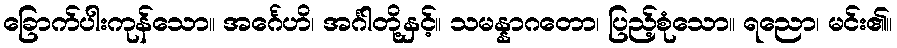
ခြောက်ပါးကုန်သော။ အင်္ဂေဟိ၊ အင်္ဂါတို့နှင့်။ သမန္နာဂတော၊ ပြည့်စုံသော။ ရညော၊ မင်း၏။